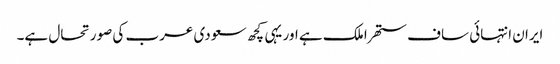
ایران انتہائی ساف ستھرا ملک ہے اور یہی کچھ سعودی عرب کی صورتحال ہے۔